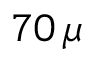
7 0 \, \mu